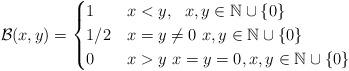
LaTeX: \begin{align*}\mathcal{B}(x,y)={\begin{cases} 1&{}x < y, \ \ x,y \in \mathbb{N}\cup\{0\} \\ 1/2 &{}x=y\ne 0 \ x,y \in \mathbb{N}\cup\{0\} \\0&{}x>y \ {}x=y=0, x,y\in \mathbb{N}\cup\{0\} \end{cases}} \end{align*}